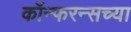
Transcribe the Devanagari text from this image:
कॉन्फरन्सच्या